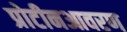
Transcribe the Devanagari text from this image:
प्रोटीनआवरण